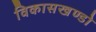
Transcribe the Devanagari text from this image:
विकासखण्डो